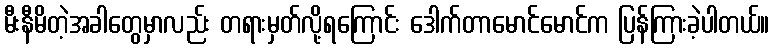
မီးနီမိတဲ့အခါတွေမှာလည်း တရားမှတ်လို့ရကြောင်း ဒေါက်တာမောင်မောင်က ပြန်ကြားခဲ့ပါတယ်။